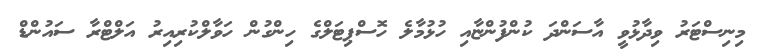
މިނިސްޓަރު ވިދާޅުވީ އާސަންދަ ކުންފުންޏާއި ހުޅުމާލެ ހޮސްޕިޓަލްގެ ހިންގުން ހަވާލްކުރިއިރު އަލްޓްރާ ސައުންޑް